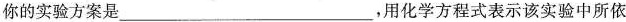
你的实验方案是___，用化学方程式表示该实验中所依